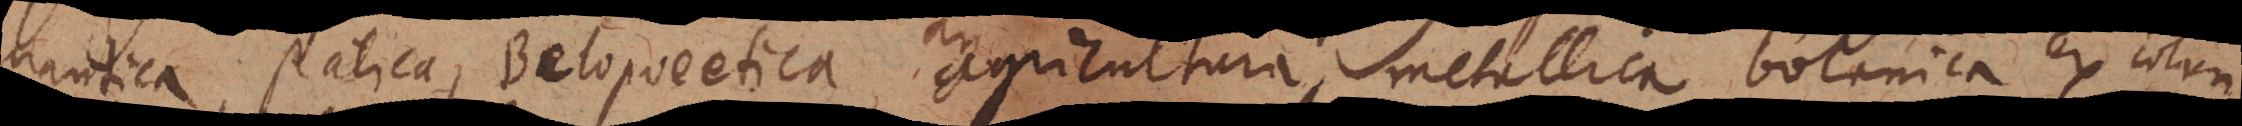
nautica, statica, Belopoeetica, agricultura, metallica, botanica excolun